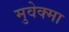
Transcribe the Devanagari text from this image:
मुवेक्मा